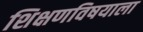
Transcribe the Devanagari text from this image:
शिक्षणविषयाला